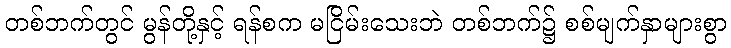
တစ်ဘက်တွင် မွန်တို့နှင့် ရန်စက မငြိမ်းသေးဘဲ တစ်ဘက်၌ စစ်မျက်နှာများစွာ